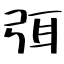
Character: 弭